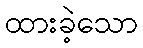
ထားခဲ့သော